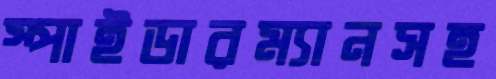
স্পাইডারম্যানসহ